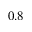
0 . 8